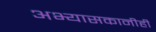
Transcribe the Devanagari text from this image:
अभ्यासकानीही